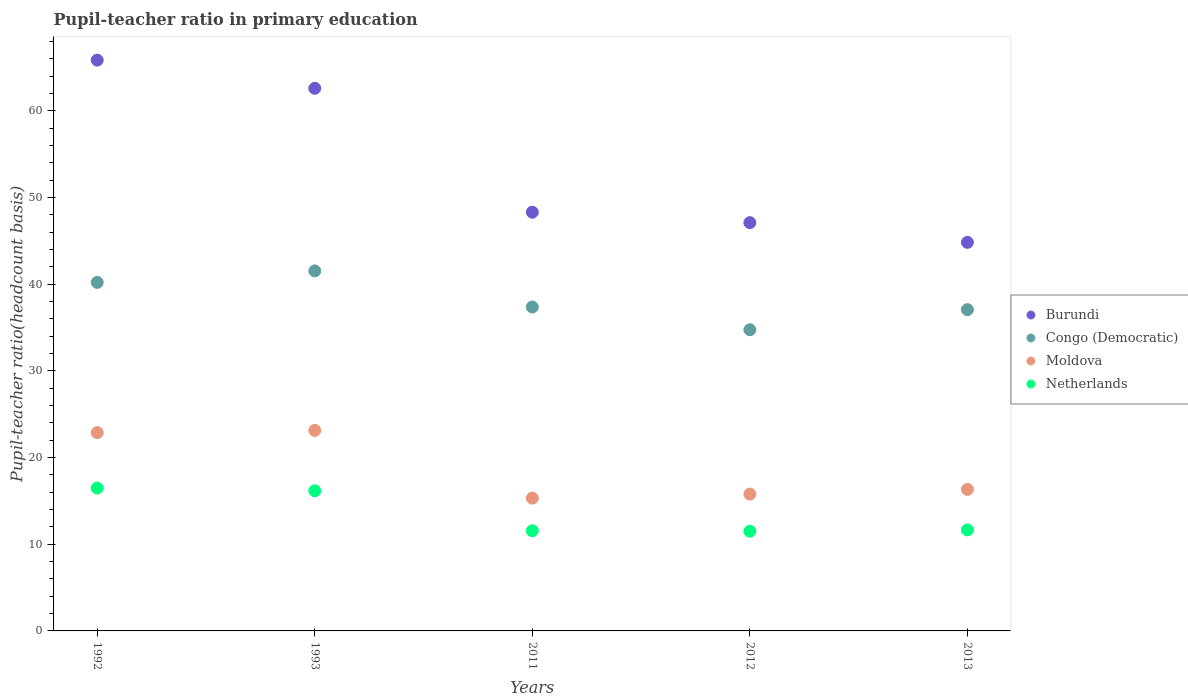
| Years | Burundi | Congo (Democratic) | Moldova | Netherlands |
 | --- | --- | --- | --- | --- |
 | 1992 | 65.9 | 40.2 | 22.9 | 16.5 |
 | 1993 | 62.6 | 41.5 | 23.1 | 16.2 |
 | 2011 | 48.3 | 37.4 | 15.3 | 11.6 |
 | 2012 | 47.1 | 34.7 | 15.8 | 11.5 |
 | 2013 | 44.8 | 37.1 | 16.3 | 11.7 |